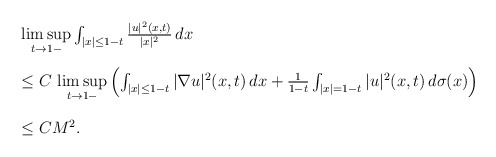
\begin{align*}\def\arraystretch{2.2}\left.\begin{array}{rl} &\limsup\limits_{t\to 1-}\int_{|x|\leq 1-t} \frac{|u|^2(x,t)}{|x|^2}\,dx\\ &\leq C\,\limsup\limits_{t\to 1-}\left(\int_{|x|\leq 1-t}|\nabla u|^2(x,t)\,dx+\frac{1}{1-t}\int_{|x|=1-t}|u|^2(x,t)\,d\sigma(x)\right)\\ &\leq CM^2. \end{array}\right.\end{align*}